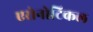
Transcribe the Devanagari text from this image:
एरोनोटिकल